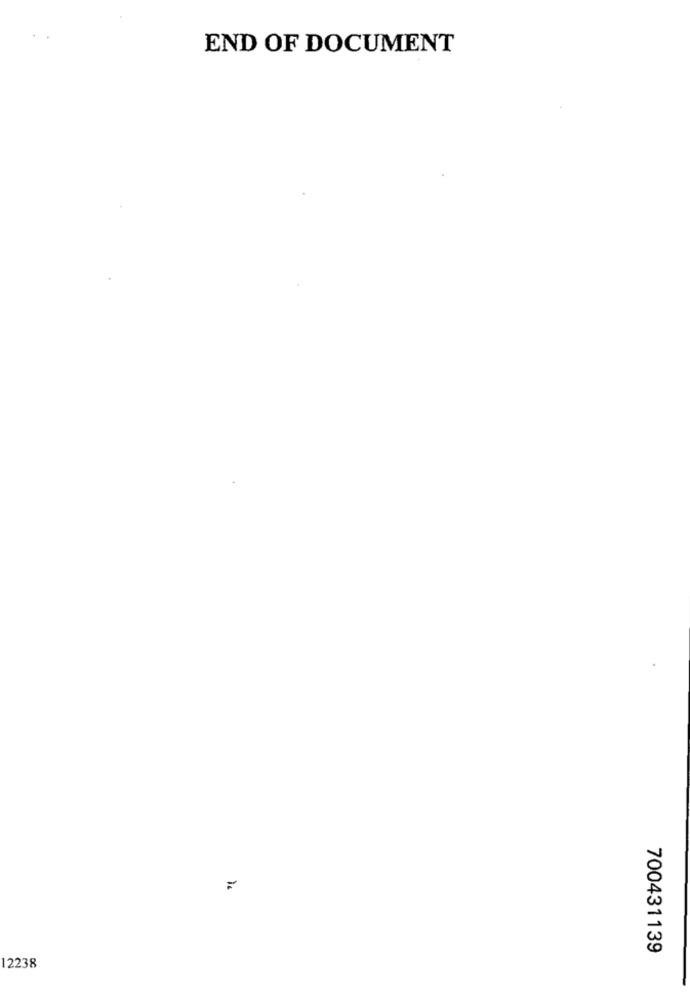
END OF DOCUMENT
700431139
12238